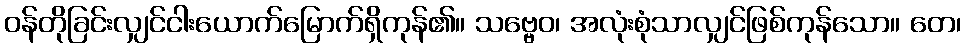
ဝန်တိုခြင်းလျှင်ငါးယောက်မြောက်ရှိကုန်၏။ သဗ္ဗေဝ၊ အလုံးစုံသာလျှင်ဖြစ်ကုန်သော။ တေ၊